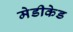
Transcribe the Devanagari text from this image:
मेडीकेड